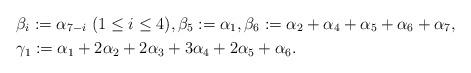
LaTeX: \begin{align*}&\beta_i:=\alpha_{7-i}\ (1\leq i\leq 4),\beta_5:=\alpha_1,\beta_6:=\alpha_2+\alpha_4+\alpha_5+\alpha_6+\alpha_7,\\&\gamma_1:=\alpha_1+2\alpha_2+2\alpha_3+3\alpha_4+2\alpha_5+\alpha_6.\end{align*}